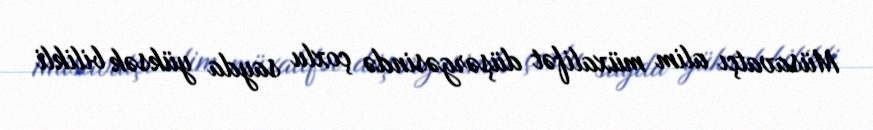
Müsavatçı alim müxalifət düşərgəsində çoxlu sayda yüksək bilikli